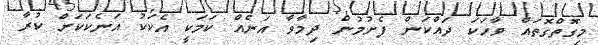
މިގޮތްގޮތައް ވާހަކަ ދައްކަން ފެށުމުން ދިމާވާ އަނެއް ކަމަކީ އެކަކު އަނެކަކަށް ކުރާ